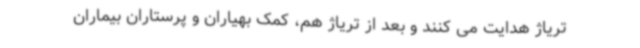
تریاژ هدایت می کنند و بعد از تریاژ هم، کمک بهیاران و پرستاران بیماران